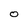
Character: O